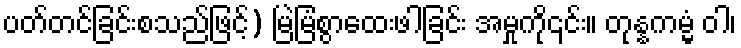
ပတ်တင်ခြင်းစသည်ဖြင့်) မြဲမြံစွာထေးဖါခြင်း အမှုကို၎င်း။ တုန္နကမ္မံ ဝါ၊